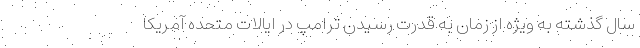
سال گذشته به ویژه از زمان به قدرت رسیدن ترامپ در ایالات متحده آمریکا